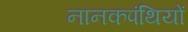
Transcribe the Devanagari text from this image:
नानकपंथियों